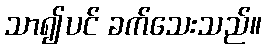
သာ၍ပင် ခက်သေးသည်။